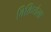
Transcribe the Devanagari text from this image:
विक्रियेला